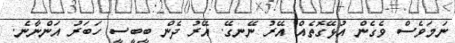
ނަމަވެސް ވެގެން އުޅޭގޮތެއް އޭރު ނޭނގޭ. އޭރު ދެން ބީބީސީ ހަބަރު އަންނާނެ.